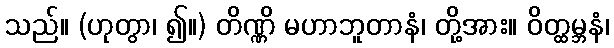
သည်။ (ဟုတွာ၊ ၍။) တိဏ္ဏိ မဟာဘူတာနံ၊ တို့အား။ ဝိတ္ထမ္ဘနံ၊